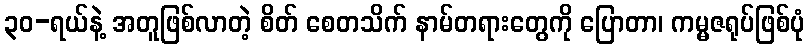
၃၀-ရယ်နဲ့ အတူဖြစ်လာတဲ့ စိတ် စေတသိက် နာမ်တရားတွေကို ပြောတာ၊ ကမ္မဇရုပ်ဖြစ်ပုံ